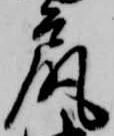
尻